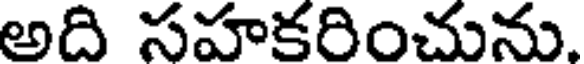
అది సహకరించును.